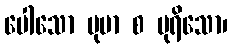
ပေါသော ပုမာ စ ပုရိသော၊